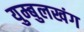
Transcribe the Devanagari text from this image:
युम्बुलखंग